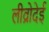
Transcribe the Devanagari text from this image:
लीव्रोदेई